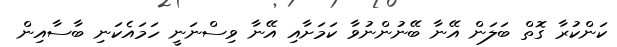
ކަންކުރާ ގޮތް ބަލަން އޭނާ ބޭނުންނުވާ ކަމަށާއި އޭނާ ވިސްނަނީ ހަމައެކަނި ބާސާއިން